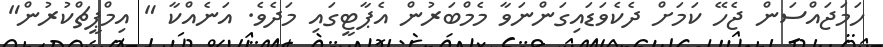
ހަމަޖައްސަން ޖެހޭ ކަމަށް ދެކެވަޑައިގަންނަވާ މެމްބަަރުން އެޕާޓީގައި މަދެވެ. އަނެއްކާ " އިމްޕީޗްކުރުން"